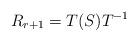
LaTeX: \begin{align*}R_{r+1}=T(S)T^{-1}\end{align*}